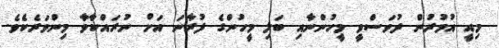
މިއީ އުމުރުން ދުވަސްވީ މީހުންނާއި ބަލި މީހުންގެ ފުރާނަ އަށް ނުރައްކާވާ މިންވަރެކެވެ.